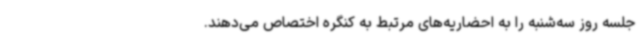
جلسه روز سه‌شنبه را به احضاریه‌های مرتبط به کنگره‌ اختصاص می‌دهند.